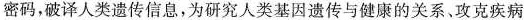
密码，破译人类遗传信息，为研究人类基因遗传与健康的关系、攻克疾病